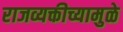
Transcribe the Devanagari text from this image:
राजव्यक्तीच्यामुळे